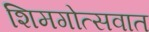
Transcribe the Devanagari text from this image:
शिमगोत्सवात